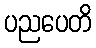
ပညပေတိ